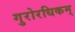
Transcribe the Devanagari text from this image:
गुरोरधिकम्